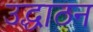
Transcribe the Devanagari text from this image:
उद्धाठन